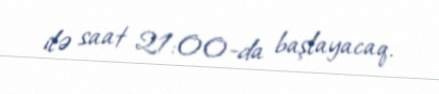
ilə saat 21:00-da başlayacaq.